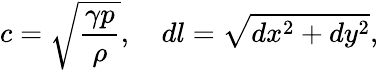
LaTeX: c=\sqrt{\frac{\gamma p}{\rho}},\quad dl=\sqrt{dx^{2}+dy^{2}},